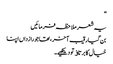
“
یہ شعر ملاحظہ فرمائیں
بن گیا رقیب آخر، تھا جو رازداں اپنا
خیال کا برتاﺅ تو دیکھیے۔